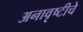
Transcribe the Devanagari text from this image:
अनावृष्टीचे